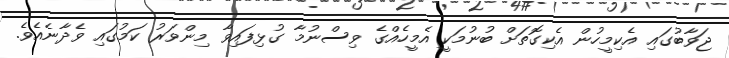
ޖަވާބުގައި އެކިމީހުން އެކިގޮތަށް ބުނުމަކީ އެމީހެއްގެ ވިސްނުމާ ގުޅިފައިވާ މިންވަރު ކަމުގައި ވެދާނެއެވެ.